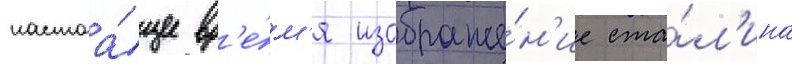
настоа́щее вр'е́м'я изображе́н'ие ста́л'ина